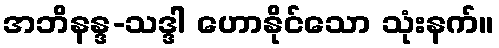
အဘိနန္ဒ-သဒ္ဒါ ဟောနိုင်သော သုံးနက်။